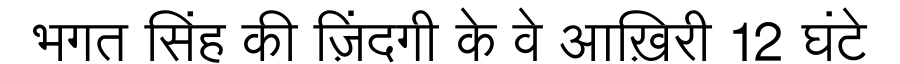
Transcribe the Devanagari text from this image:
भगत सिंह की ज़िंदगी के वे आख़िरी 12 घंटे